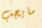
مايجب